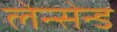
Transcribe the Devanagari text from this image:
लेन्सेन्ड